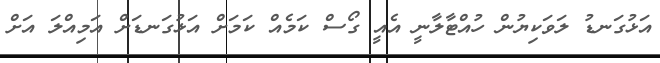
އަޅުގަނޑު ލަވަކިޔުން ހުއްޓާލާނީ އެއީ ގޯސް ކަމެއް ކަމަށް އަޅުގަނޑަށް އަމިއްލަ އަށް